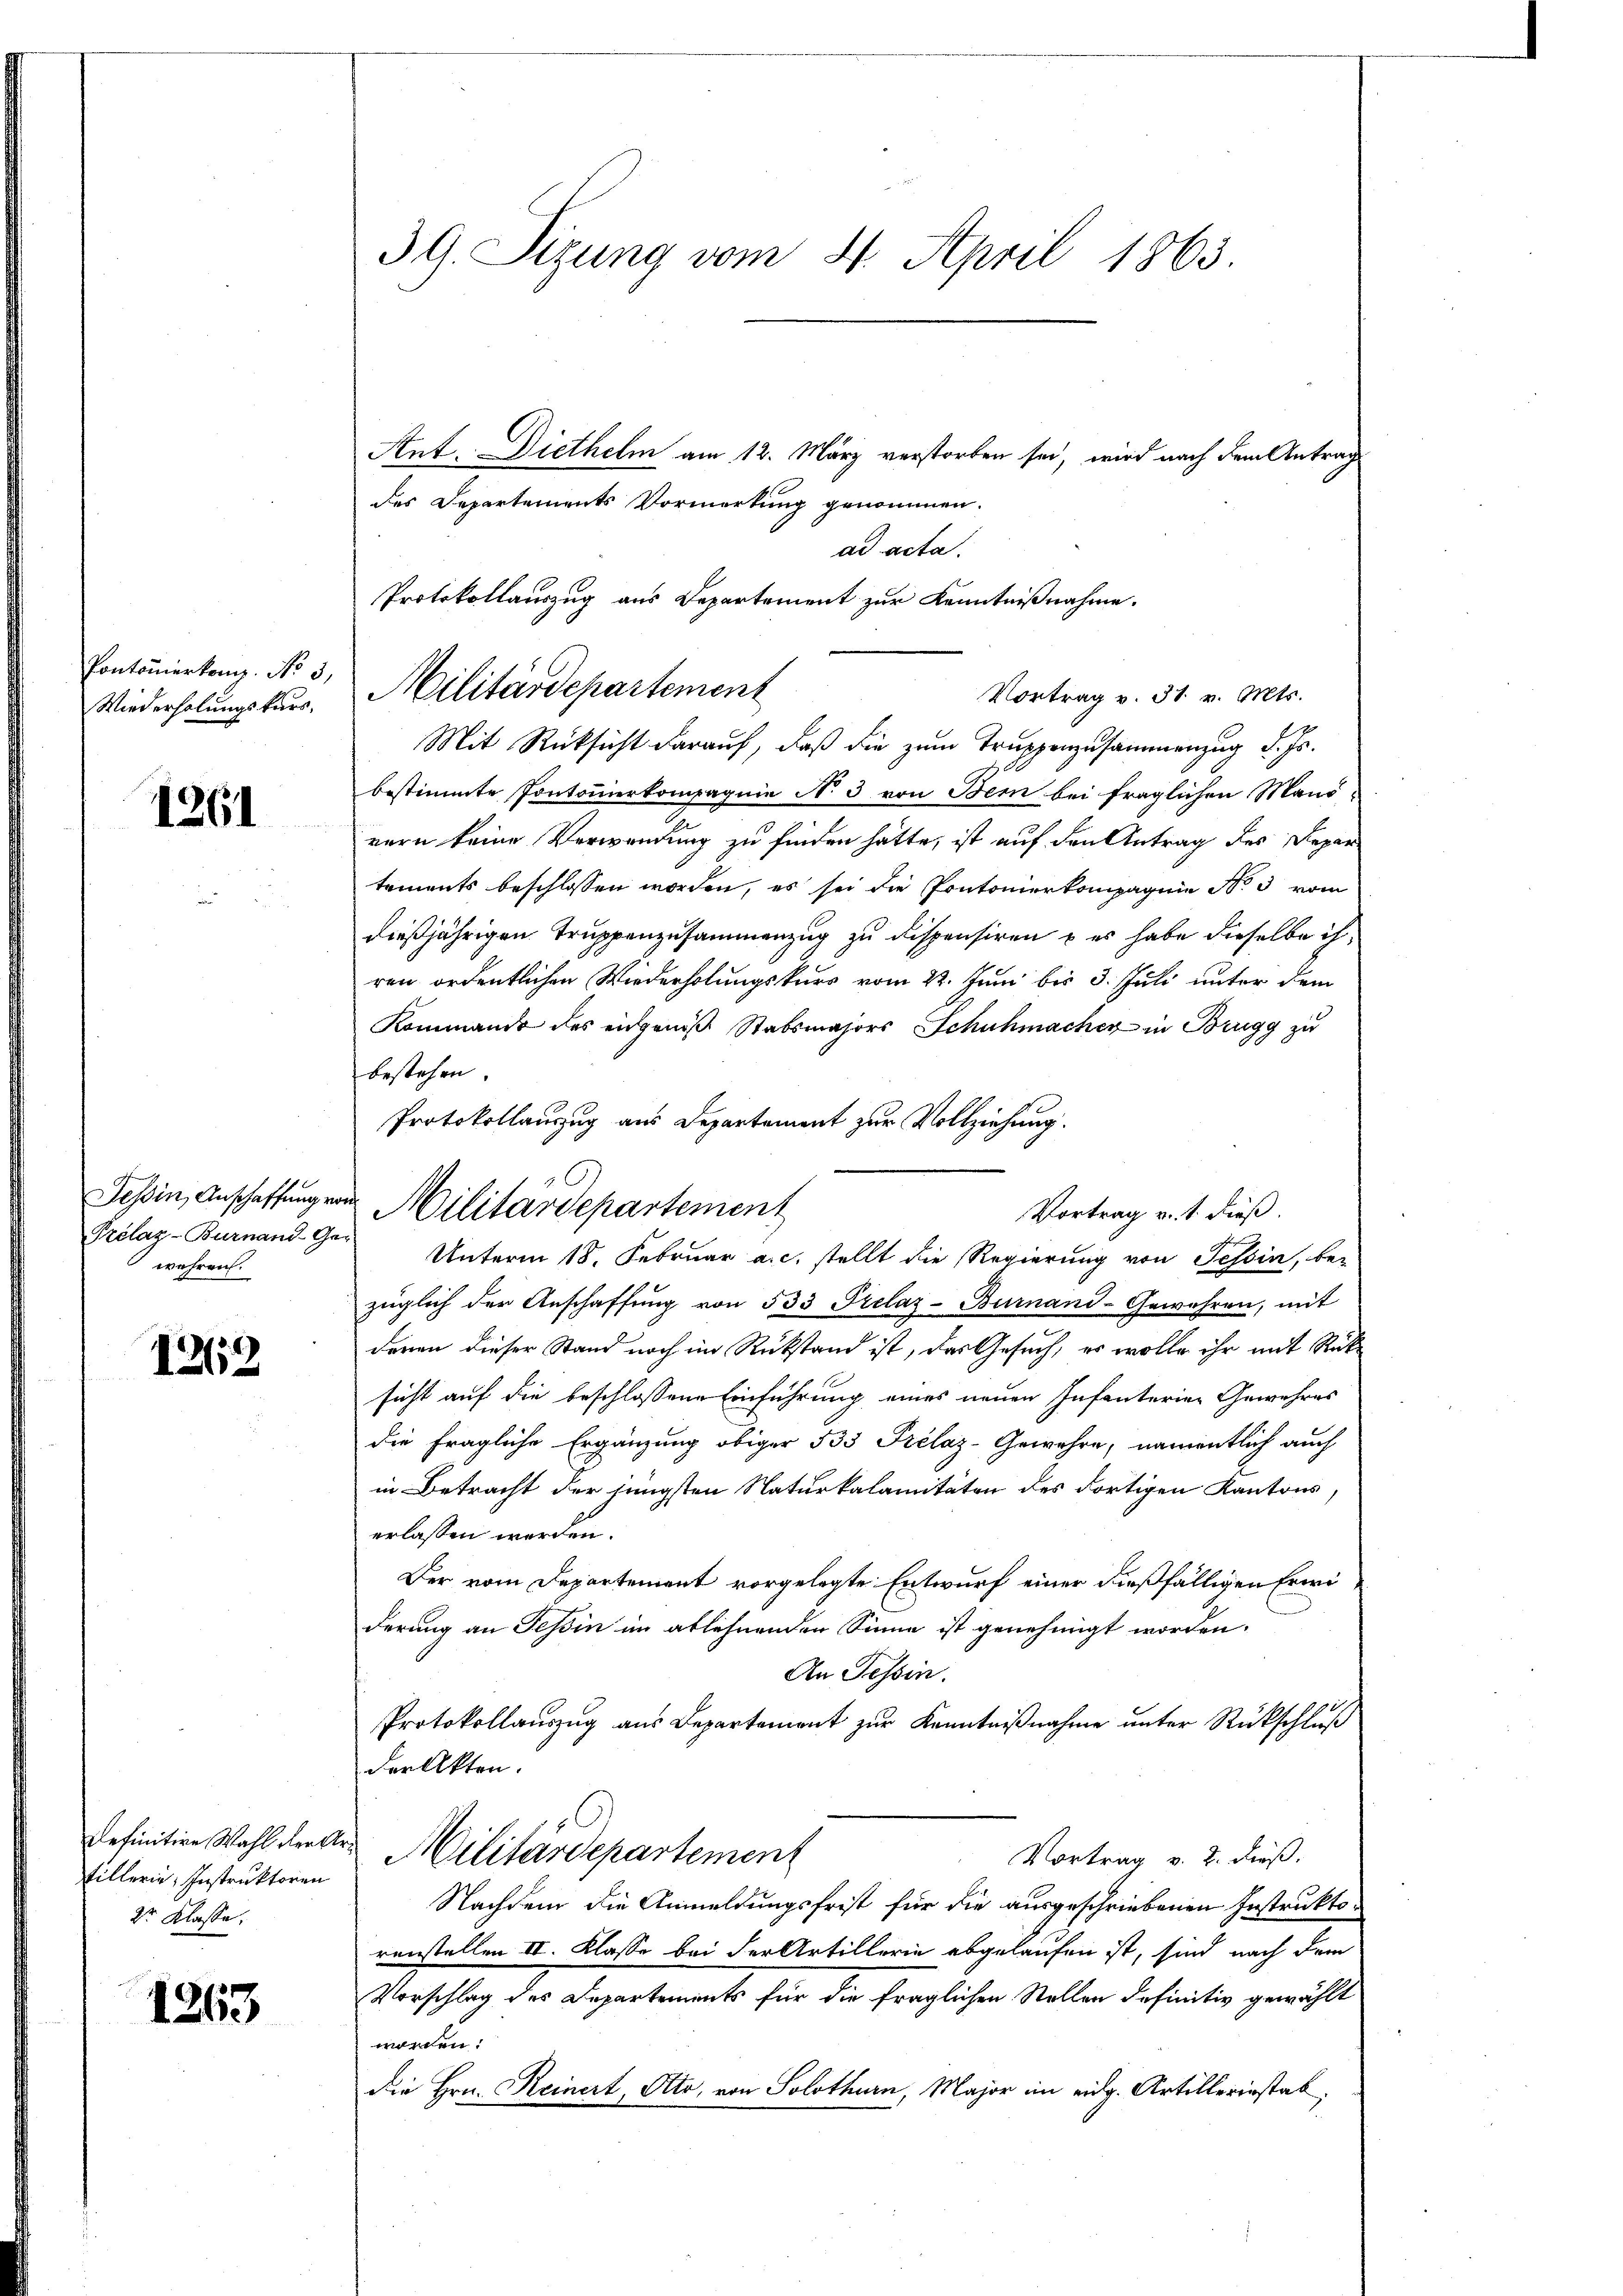
Pontonierkomm. No 3.
Wiederholungskurs,

1261

Prélaz-Burnand-Ge-
währen.

1262

definitive Wahl Kerke
tillerin, Instruktoren
2r Klasse.

1263

39. Sizung vom 4. April 1863.

Ant. Diethelm am 12. März verstorben sei, wird nach dem Antrag
des Departements Vormerkung genommen.
ad acta.
Mit Rücksicht darauf, daß die zum Truppenzusammenzug d. Js.
bestimmte Pontouerkompagnie N. 3 von Bern bei fraglichen Mans-
nern keine Verwendung zu finden hätte, ist auf den Antrag des Departements beschlossen worden, es sei die Pontomierkompagnie No 3 vom
dießjährigen Truppenzusammenzug zu dispensiren – es habe dieselbe ich,
ren ordentlichen Wiederholungskurs vom 22. Juni bis 3. Juli unter dem
Kommande des engenoß Stabsmajors Schuhmacher in Brugg zu
bestehen.
Protokollauszug aus Departement zur Vollziehung.
Unterm 18. Februar a.c. stellt die Regierung von Tessin, be-
züglich der Anschaffung von 533 Prelaz-Burnand-Gewähren, mit
doren dieser Stand noch im Rükstand ist, das Gesuch, es wolle ihr mit Rücksicht auf die beschlossene Einführung eines neuen Infanterien Gewehres
die fragliche Ergänzung obiger 533 Prélaz-Gewehre, namentlich auch
in Betracht der jüngsten Naturkalamitäten des dortigen Kantons,
erlassen worden.
Der vom Departement vorgelegte Entwurf einer dießfälligen Erwiderung an Tessin im ablehnenden Sinne ist genehmigt worden.
An Tessin.
Protokollauszug aus Departement zur Kenntnißnahme unter Rückschluß
der Akten.
 Militärdepartement
Vortrag v. 2. dieß.
Nachdem die Anmeldungsfrist für die ausgeschriebenen Instruktoranstellen II. Klasse bei der Artillerie abgelaufen ist, sind nach dem
Vorschlag des Departements für die fraglichen Stellen definitiv gewählt
worden:
die Hrn. Reinert, Otto, von Solothurn, Major im eidg. Artillerinstab,

Protokollauszug aus Departement zur Kenntnißnahme.
Militärdepartement

Tessin, Anschaffung von Militärdepartement

Vortrag v. 31. v. Mts.

Vortrag v. 1. dieß.